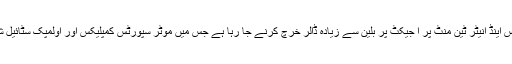
سعودی عرب قدی یا Qiddiyaسپورٹس اینڈ انیٹر ٹین منٹ پر ا جیکٹ پر بلین سے زیادہ ڈالر خرچ کرنے جا رہا ہے جس میں موٹر سپورٹس کمپلیکس اور اولمپک سٹائیل شہر ریاض کے قریب تعمیر کیا جائیگا۔